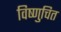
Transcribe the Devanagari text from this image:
विष्णुचित